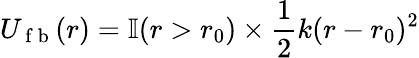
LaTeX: U_{\mathrm{~f~b~}}(r)=\mathbb{I}(r>r_{0})\times\frac{1}{2}k(r-r_{0})^{2}